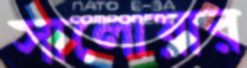
সালোয়ার